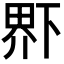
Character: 𤲂